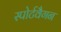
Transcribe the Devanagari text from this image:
स्पोर्टवैगन